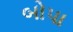
બોપા